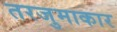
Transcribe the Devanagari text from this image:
तरजुमाकार